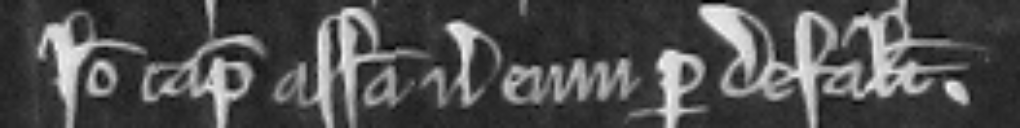
Ideo capiatur assisa versus eum per defaltam.